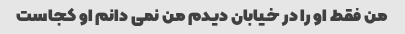
من فقط او را در خیابان دیدم من نمی دانم او کجاست